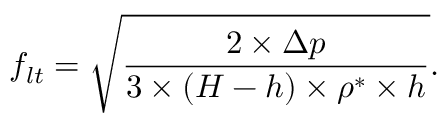
f _ { l t } = \sqrt { \frac { 2 \times \Delta p } { 3 \times ( H - h ) \times \rho ^ { * } \times h } } .